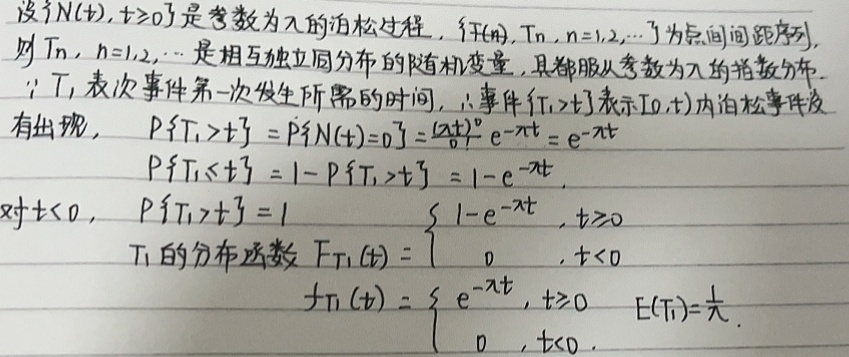
设\(\{N(t),t\geq0\}\)是参数为\(\lambda\)的泊松过程，\(\{T_n,n = 1,2,\cdots\}\)为点间间距序列，则\(T_n,n = 1,2,\cdots\)是相互独立同分布的随机变量，且都服从参数为\(\lambda\)的指数分布。

因为\(T_1\)表示事件第一次发生所需的时间，所以事件\(\{T_1>t\}\)表示\([0,t)\)内泊松事件没有出现。

\[\begin{align*}
P\{T_1>t\}&=P\{N(t)=0\}=\frac{(\lambda t)^0}{0!}e^{-\lambda t}=e^{-\lambda t}\\
P\{T_1\leq t\}&=1 - P\{T_1>t\}=1 - e^{-\lambda t}
\end{align*}\]

对\(t<0\)，\(P\{T_1>t\}=1\)。

\(T_1\)的分布函数\(F_{T_1}(t)= \begin{cases}1 - e^{-\lambda t},&t\geq0\\0,&t<0\end{cases}\)

\(f_{T_1}(t)= \begin{cases}\lambda e^{-\lambda t},&t\geq0\\0,&t<0\end{cases}\)

\(E(T_1)=\frac{1}{\lambda}\)。